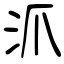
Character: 沠